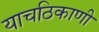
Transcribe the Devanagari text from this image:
याचठिकाणी